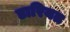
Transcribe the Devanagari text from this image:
डारियत